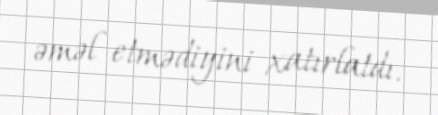
əməl etmədiyini xatırlatdı.